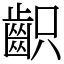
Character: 齞